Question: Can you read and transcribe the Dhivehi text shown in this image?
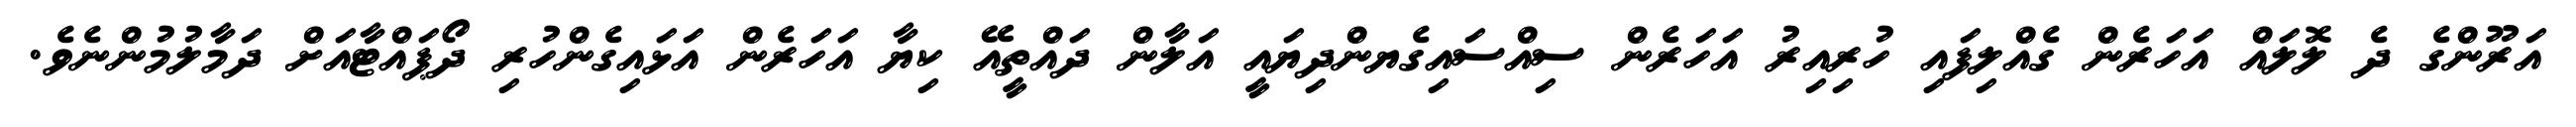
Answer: އަރޫންގެ ދެ ލޮލައް އަހަރެން ގެއްލިފައި ހުރިއިރު އަހަރެން ސިއްސައިގެޔންދިޔައީ އަލާން ދައްތީއޭ ކިޔާ އަހަރެން އަޅައިގެންހުރި ދޯޕައްޓާއަށް ދަމާލުމުންނެވެ.